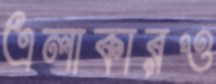
এলাকারও